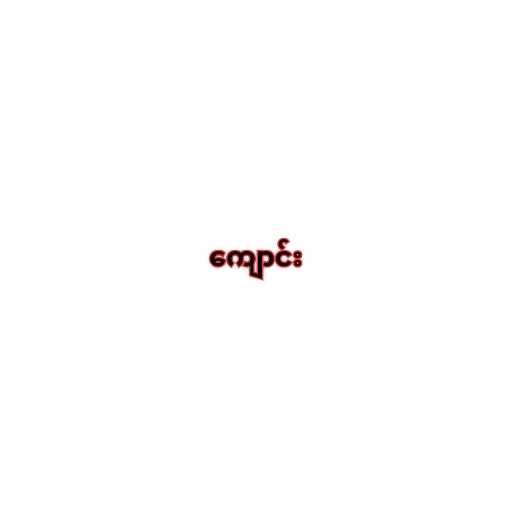
ကျောင်း